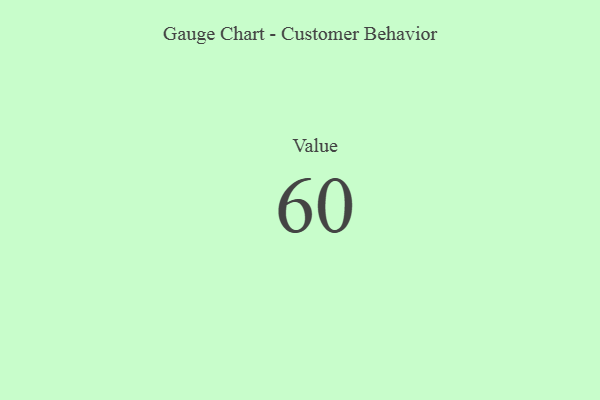
{"axis": {"x": "Metric", "y": "Value"}, "legend": [""], "data": [{"x": "Value", "y": 60, "type": ""}]}